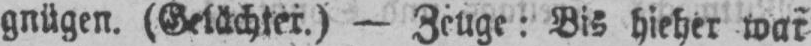
gnügen. (Gelächter.) - Zeuge: Bis hieher war